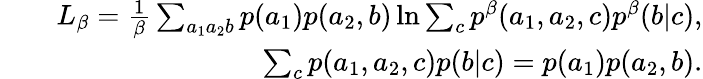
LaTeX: \begin{array}{rlr}&{}&{L_{\beta}=\frac{1}{\beta}\sum_{a_{1}a_{2}b}p(a_{1})p(a_{2},b)\ln\sum_{c}p^{\beta}(a_{1},a_{2},c)p^{\beta}(b|c),}\\ &{}&{\sum_{c}p(a_{1},a_{2},c)p(b|c)=p(a_{1})p(a_{2},b).}\end{array}